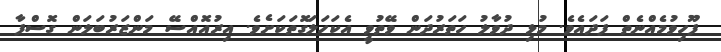
ފޫހިވުމެއްނެތް ފަދައެވެ. މުޅި ދުވާލު ހަތަރުދަން ވޭތުވީ އެކަހަލަގޮތަކަށެވެ. އިރުއޮއްސޭ މަންޒަރުބަލަން ގޮސްފާ